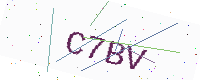
Text: C7BV